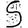
Digit: 5